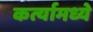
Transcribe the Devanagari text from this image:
कर्त्यामध्ये